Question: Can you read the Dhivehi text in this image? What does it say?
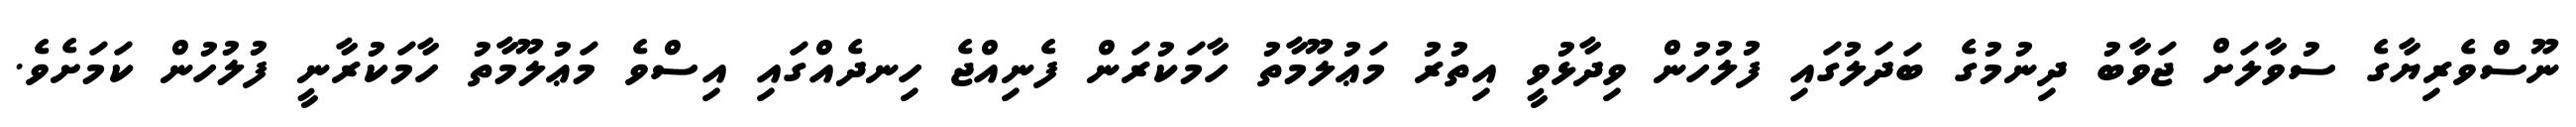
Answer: ނޫސްވެރިޔާގެ ސުވާލަށް ޖަވާބު ދިނުމުގެ ބަދަލުގައި ފުލުހުން ވިދާޅުވީ އިތުރު މަޢުލޫމާތު ހާމަކުރަން ފެނިއްޖެ ހިނދެއްގައި އިސްވެ މަޢުލޫމާތު ހާމަކުރާނީ ފުލުހުން ކަމަށެވެ.